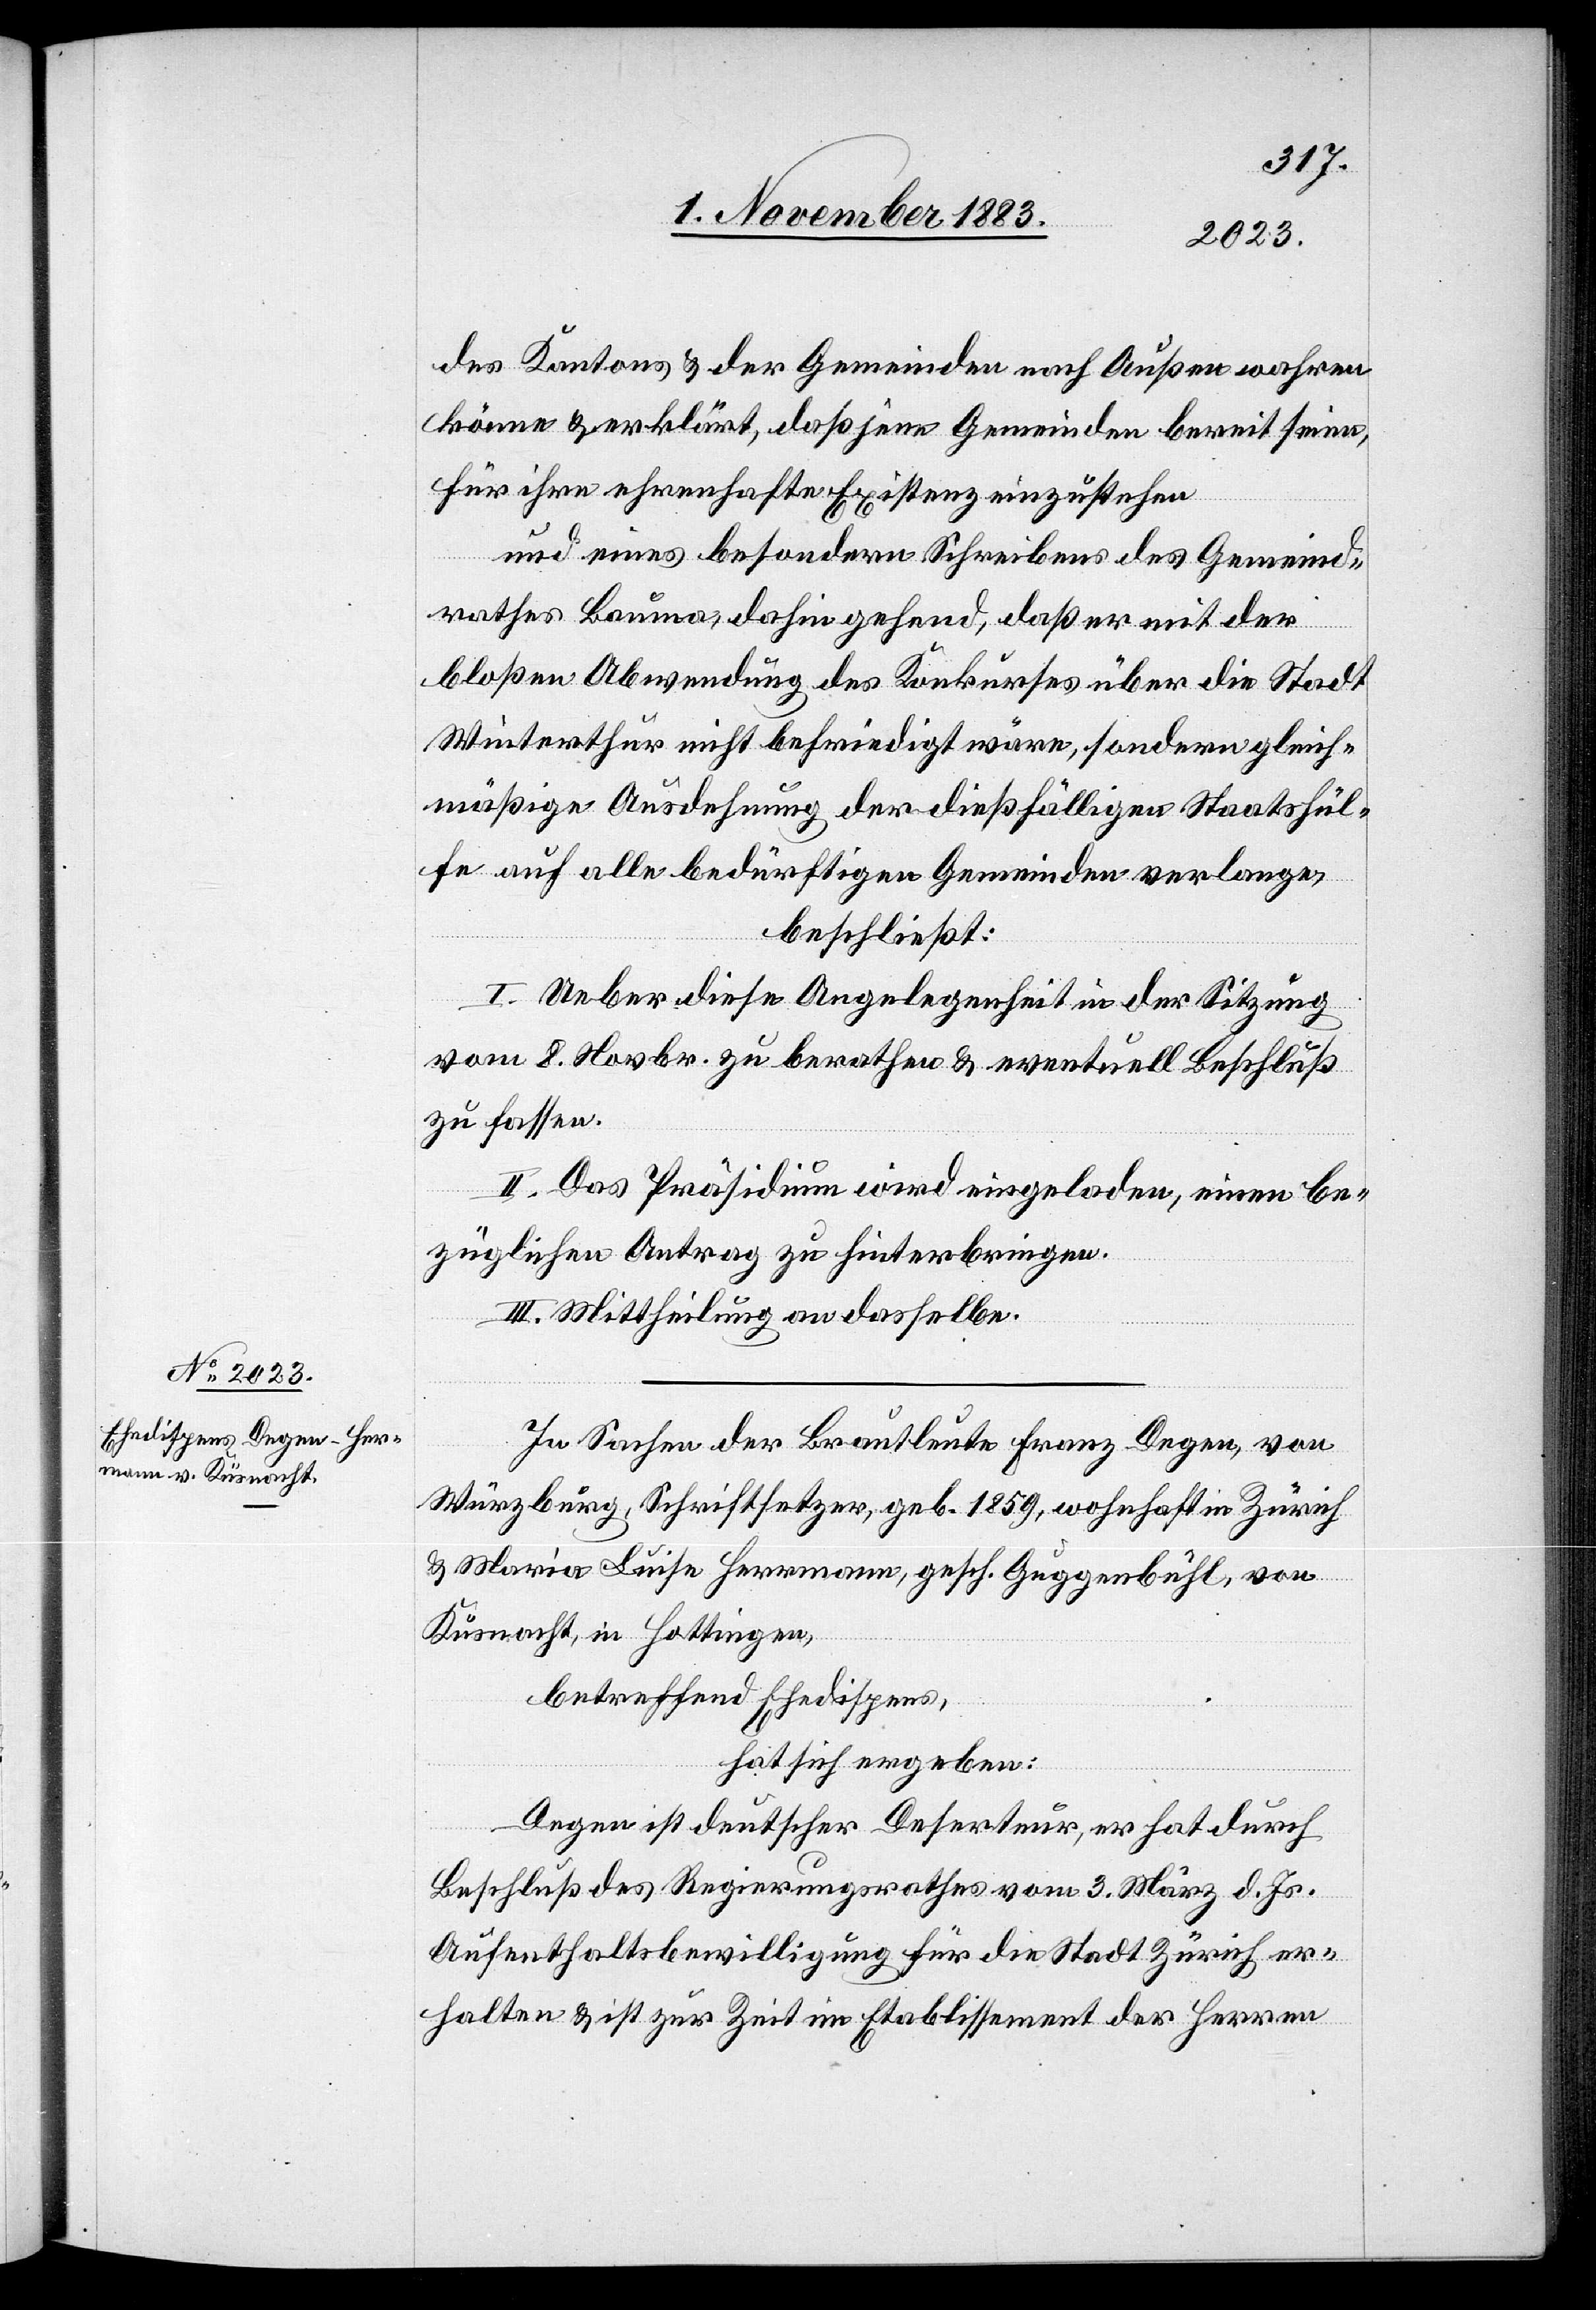
des Kantons & der Gemeinden nach Außen wahren
könne & erklärt, daß jene Gemeinden bereit seien,
für ihre ehrenhafte Existenz einzustehen
und eines besondern Schreibens des Gemeind¬
rathes Bauma, dahin gehend, daß er mit der
bloßen Abwendung des Konkurses über die Stadt
Winterthur nicht befriedigt wäre, sondern gleich¬
mäßige Ausdehnung der dießfälligen Staatshül¬
fe auf alle bedürftigen Gemeinden verlange,
beschließt:
I. Ueber diese Angelegenheit in der Sitzung
vom 8. Novbr. zu berathen & eventuell Beschluß
zu fassen.
II. Das Präsidium wird eingeladen, einen be¬
züglichen Antrag zu hinterbringen.
III. Mittheilung an dasselbe.
In Sachen der Brautleute Franz Degen, von
Würzburg, Schriftsetzer, geb. 1859, wohnhaft in Zürich
& Maria Luise Herrmann, gesch. Guggenbühl, von
Küsnacht, in Hottingen,
betreffend Ehedispens,
hat sich ergeben:
Degen ist deutscher Deserteur, er hat durch
Beschluß des Regierungsrathes vom 3. März d. Js.
Aufenthaltsbewilligung für die Stadt Zürich er¬
halten & ist zur Zeit im Etablissement der Herren